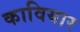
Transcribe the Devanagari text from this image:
कावियार